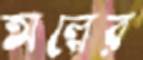
অল্পের